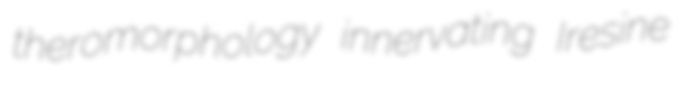
theromorphology innervating Iresine